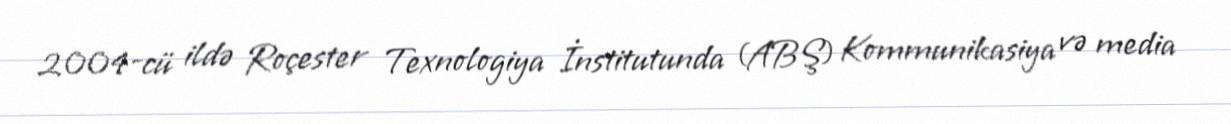
2004-cü ildə Roçester Texnologiya İnstitutunda (ABŞ) Kommunikasiya və media